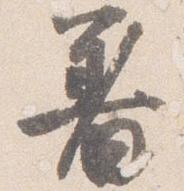
着